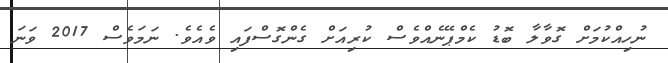
ނުހިއްކުމަށް ގޮވާލާ ބޮޑު ކެމްޕޭނެއްވެސް ކުރިއަށް ގެންގޮސްފައި ވެއެވެ. ނަމަވެސް 2017 ވަނަ